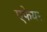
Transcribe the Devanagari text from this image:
एफेयर